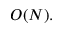
O ( N ) .